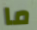
ما